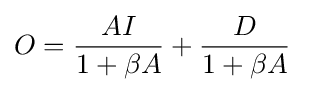
O={\frac {AI}{1+\beta A}}+{\frac {D}{1+\beta A}}\